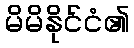
မိမိနိုင်ငံ၏